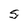
Character: S